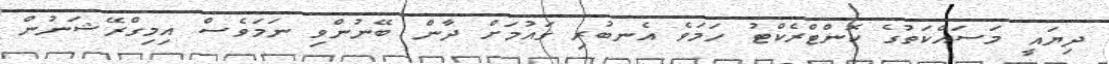
ދިޔައީ މަސައްކަތުގެ ކޮންޓްރެކްޓު ހަމަވެ އެނބުރި ގައުމަށް ދާން ބޭނުންވި ނަމަވެސް އިމިގްރޭޝަނުން